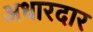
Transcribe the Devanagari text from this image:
अधारदार